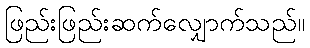
ဖြည်းဖြည်းဆက်လျှောက်သည်။